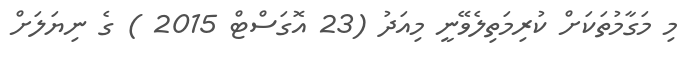
މި މަގާމުތަކަށް ކުރިމަތިލެވޭނީ މިއަދު (23 އޮގަސްޓް 2015 ) ގެ ނިޔަލަށް